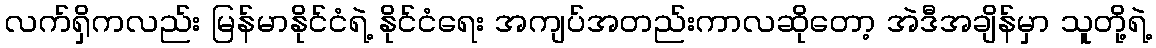
လက်ရှိကလည်း မြန်မာနိုင်ငံရဲ့ နိုင်ငံရေး အကျပ်အတည်းကာလဆိုတော့ အဲဒီအချိန်မှာ သူတို့ရဲ့